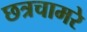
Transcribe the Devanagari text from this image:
छत्रचामरे